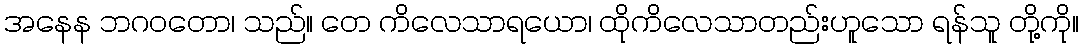
အနေန ဘဂဝတော၊ သည်။ တေ ကိလေသာရယော၊ ထိုကိလေသာတည်းဟူသော ရန်သူ တို့ကို။